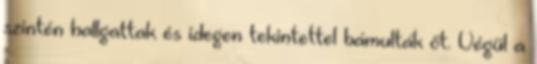
szintén hallgattak és idegen tekintettel bámulták őt. Végül a